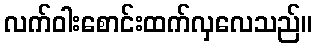
လက်ဝါးစောင်းထက်လှလေသည်။